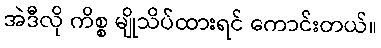
အဲဒီလို ကိစ္စ မျိုသိပ်ထားရင် ကောင်းတယ်။